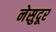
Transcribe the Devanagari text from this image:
नेसुदूर